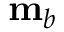
\mathbf { m } _ { b }